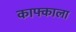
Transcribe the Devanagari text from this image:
काफ्काला